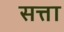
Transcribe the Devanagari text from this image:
सत्ता